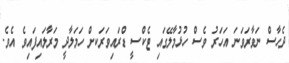
ދެހާސް ނަވާރަވަނަ އަހަރު ވެސް ހުޅުމާލޭގައި ޓެކްސީ ޑްރައިވަރަަކށް ހަމަލާދީ މަރާލައިފައިވެ އެވެ.